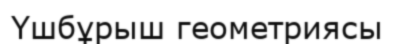
Үшбұрыш геометриясы